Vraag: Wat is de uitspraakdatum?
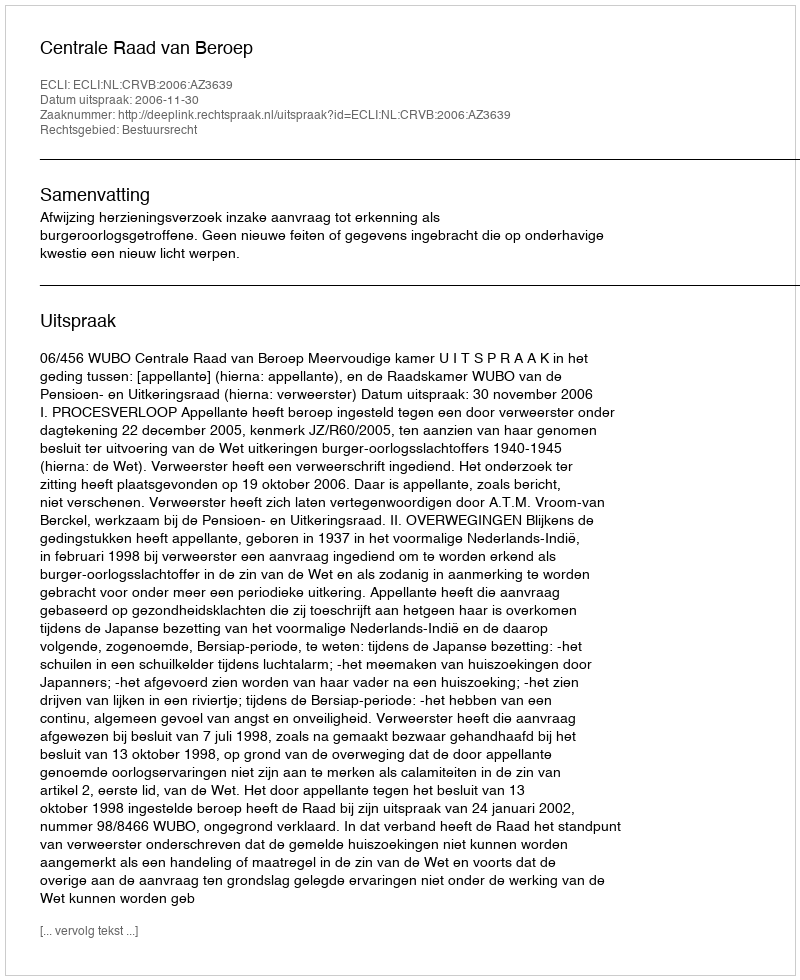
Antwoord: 2006-11-30